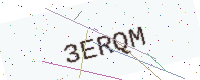
Text: 3ERQM